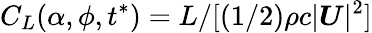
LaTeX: C_{L}(\alpha,\phi,t^{*})=L/[\left(1/2\right)\rho c|\boldsymbol{U}|^{2}]